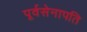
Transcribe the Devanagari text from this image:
पूर्वसेनापति